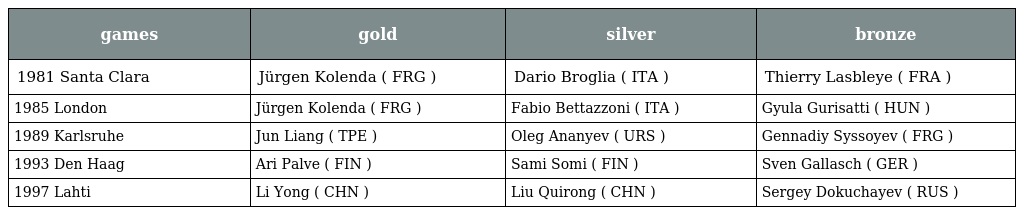
| games | gold | silver | bronze |
 | --- | --- | --- | --- |
 | 1981 Santa Clara | Jürgen Kolenda ( FRG ) | Dario Broglia ( ITA ) | Thierry Lasbleye ( FRA ) |
 | 1985 London | Jürgen Kolenda ( FRG ) | Fabio Bettazzoni ( ITA ) | Gyula Gurisatti ( HUN ) |
 | 1989 Karlsruhe | Jun Liang ( TPE ) | Oleg Ananyev ( URS ) | Gennadiy Syssoyev ( FRG ) |
 | 1993 Den Haag | Ari Palve ( FIN ) | Sami Somi ( FIN ) | Sven Gallasch ( GER ) |
 | 1997 Lahti | Li Yong ( CHN ) | Liu Quirong ( CHN ) | Sergey Dokuchayev ( RUS ) |